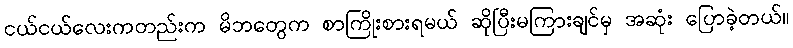
ငယ်ငယ်လေးကတည်းက မိဘတွေက စာကြိုးစားရမယ် ဆိုပြီးမကြားချင်မှ အဆုံး ပြောခဲ့တယ်။